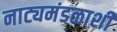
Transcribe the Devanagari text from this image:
नाट्यमंडळाशी